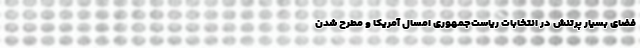
فضای بسیار پرتنش در انتخابات ریاست‌جمهوری امسال آمریکا و مطرح شدن